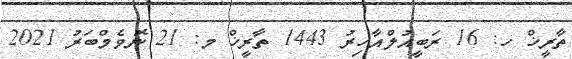
ތާރީޚް ހ: 16 ރަބީއުލްއާހިރު 1443 ތާރީޚް މ: 21 ނޮވެމްބަރު 2021